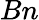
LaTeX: Bn